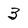
Character: 3